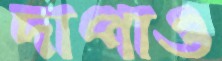
দাপাও